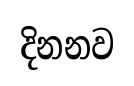
දිනනව